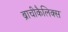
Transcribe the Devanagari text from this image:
ब्राचीकैलिक्स